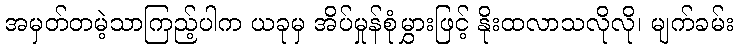
အမှတ်တမဲ့သာကြည့်ပါက ယခုမှ အိပ်မှုန်စုံမွှားဖြင့် နိုးထလာသလိုလို၊ မျက်ခမ်း